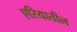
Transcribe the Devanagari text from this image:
एरियातील